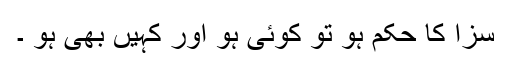
سزا کا حکم ہو تو کوئی ہو اور کہیں بھی ہو ۔